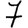
Digit: 7